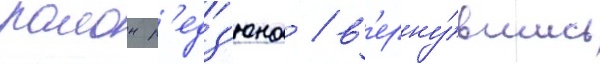
раион р'едз'юна / в'ерну́вшись